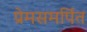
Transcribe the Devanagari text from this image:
प्रेमसमर्पित